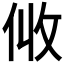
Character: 𠈅